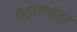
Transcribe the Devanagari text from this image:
लेर्चेंनफील्ड